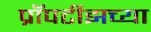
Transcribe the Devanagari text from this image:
प्रॉपर्टीझच्या